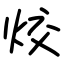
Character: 烄